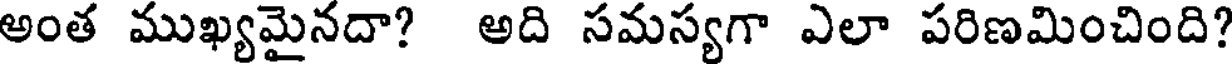
అంత ముఖ్యమైనదా? అది సమస్యగా ఎలా పరిణమించింది?